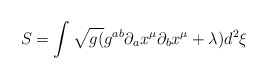
\begin{align*}S=\int \sqrt{g(}g^{ab}\partial _{a}x^{\mu }\partial _{b}x^{\mu }+\lambda)d^{2}\xi\end{align*}